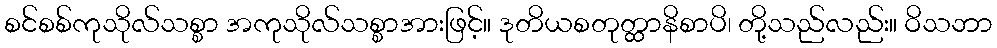
စင်စစ်ကုသိုလ်သစ္စာ အကုသိုလ်သစ္စာအားဖြင့်။ ဒုတိယစတုတ္ထာနိစာပိ၊ တို့သည်လည်း။ ဝိသဘာ